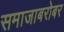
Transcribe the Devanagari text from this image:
समाजाबरोबर